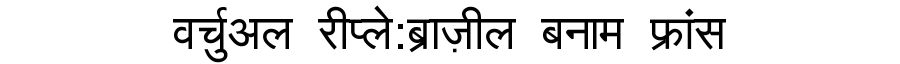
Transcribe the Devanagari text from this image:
वर्चुअल रीप्ले:ब्राज़ील बनाम फ्रांस